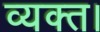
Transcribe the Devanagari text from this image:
व्यक्त।